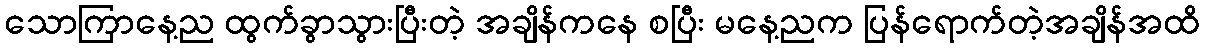
သောကြာနေ့ည ထွက်ခွာသွားပြီးတဲ့ အချိန်ကနေ စပြီး မနေ့ညက ပြန်ရောက်တဲ့အချိန်အထိ